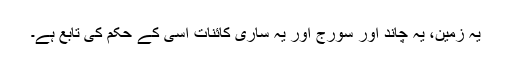
یہ زمین، یہ چاند اور سورج اور یہ ساری کائنات اسی کے حکم کی تابع ہے۔